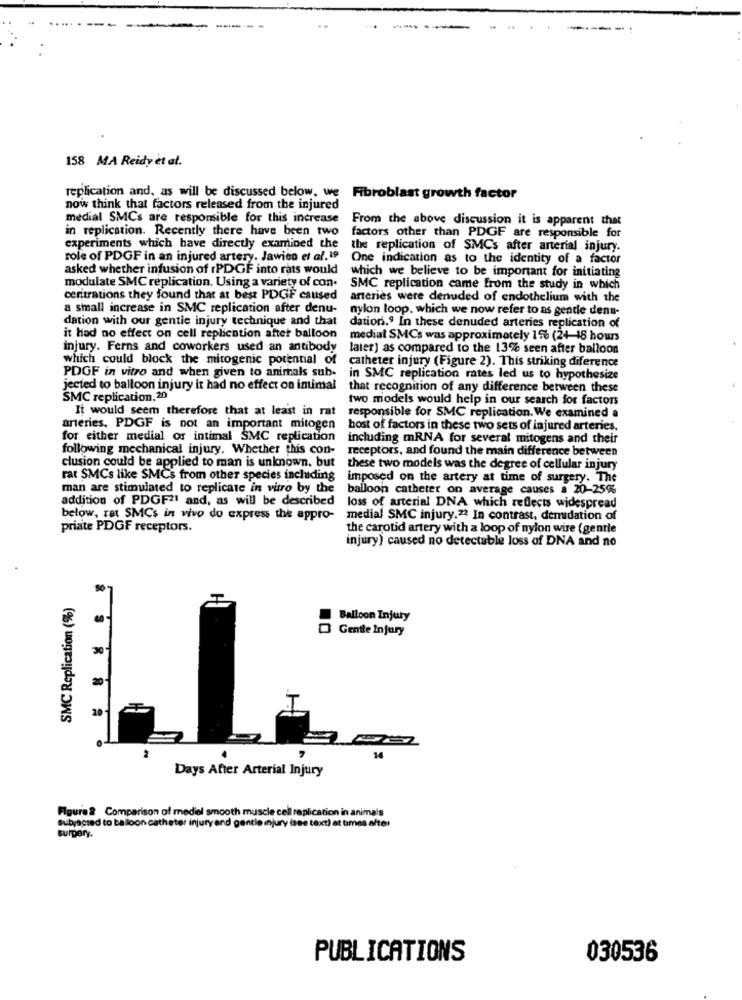
-----
158 MA Reidy et al.
replication and, as will be discussed below. we
Fibroblast growth factor
now think that factors released from the injured
medial SMCs are responsible for this increase
From the above discussion it is apparent that
in replication. Recently there have been two
factors other than PDGF are responsible for
experiments which have directly examined the
the replication of SMCs after arterial injury.
role of PDGF in an injured artery. Jawico et al. 19
One indication as to the identity of a factor
asked whether infusion of rPDGF into rats would
which we believe to be important for initiating
modulate SMC replication. Using a variety of con-
SMC replication came from the study in which
centrations they found that at best PDGF caused
arteries were denuded of endothelium with the
a small increase in SMC replication after denu-
nylon loop, which we now refer to as gentle denu-
dation with our gentie injury technique and that
dation.9 In these denuded arteries replication of
it had no effect on cell replication after balloon
medial SMCs was approximately 156 (24 18 hours
injury. Ferns and coworkers used an antibody
later) as compared to the 13% seen after balloon
which could block the mitogenic potential of
catheter injury (Figure 2). This striking diference
PDGF in vitro and when given to animals sub-
in SMC replication rates led us to hypothesize
jected to balloon injury it had no effect on imimal
that recognition of any difference between these
SMC replication.20
two models would help in our search for factors
It would seem therefore that at least in rat
responsible for SMC replication. We examined a
arteries, PDGF is not an important mitogen
host of factors in these two sets of injured arteries.
for either medial or intimal SMC replication
including mRNA for several mitogens and their
following mechanical injury. Whether this con-
receptors, and found the main difference between
clusion could be applied to man is unknown. but
these two models was the degree of cellular injury
rat SMCs like SMCs from other species including
imposed on the artery at time of surgery. The
man are stimulated to replicate in vitro by the
balloon catheter on average causes a 20-25%
addition of PDGF21 and, as will be described
loss of arterial DNA which reflects widespread
below, rat SMCs in vivo do express the appro-
medial SMC injury.22 In contrast, denidation of
priate PDGF receptors.
the carotid artery with a loop of nylon wire (gentle
injury) caused no detectable loss of DNA and no
SMC Replication (%)
Balloon Injury
Gentle Injury
... . .
Days After Arterial Injury
Figure2 Comparison of mediol smooth muscle cell replication in animals
subjected to balloon catheter injury and gentle injury (see text) at times alter
surgery.
PUBLICATIONS
030536